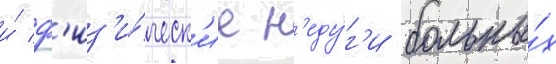
и́ ф'из'и́ческ'ие н'еду́г'и больны́х